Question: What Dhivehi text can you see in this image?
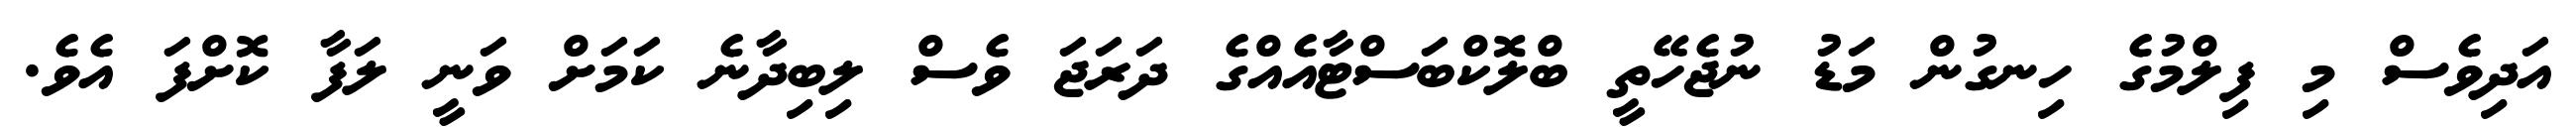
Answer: އަދިވެސް މި ފިލްމުގެ ހިނގުން މަޑު ނުޖެހޭތީ ބްލޮކްބަސްޓާއެއްގެ ދަރަޖަ ވެސް ލިބިދާނެ ކަމަށް ވަނީ ލަފާ ކޮށްފަ އެވެ.